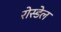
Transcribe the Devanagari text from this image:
रोस्डेल